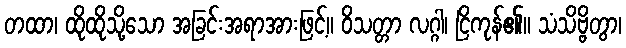
တထာ၊ ထိုထိုသို့သော အခြင်းအရာအားဖြင့်။ ဝိသတ္တာ လဂ္ဂါ၊ ငြိကုန်၏။ သံသိဗ္ဗိတွာ၊